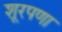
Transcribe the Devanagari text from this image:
शूरपणा